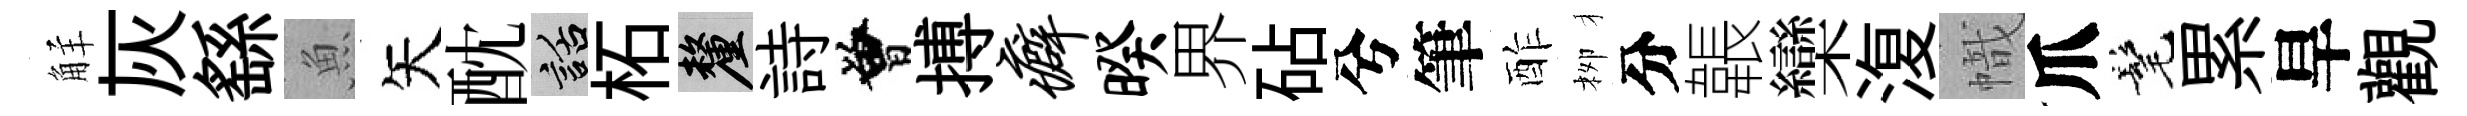
觧灰繇魚矢酖話柘厘詩曾搏癖暌界砧兮筆酢栁分韔欒𣸪幟爪髦累旱觀